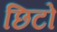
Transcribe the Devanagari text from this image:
छिटो